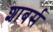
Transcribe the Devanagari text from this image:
शाबर्स